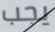
يجب